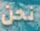
نحن